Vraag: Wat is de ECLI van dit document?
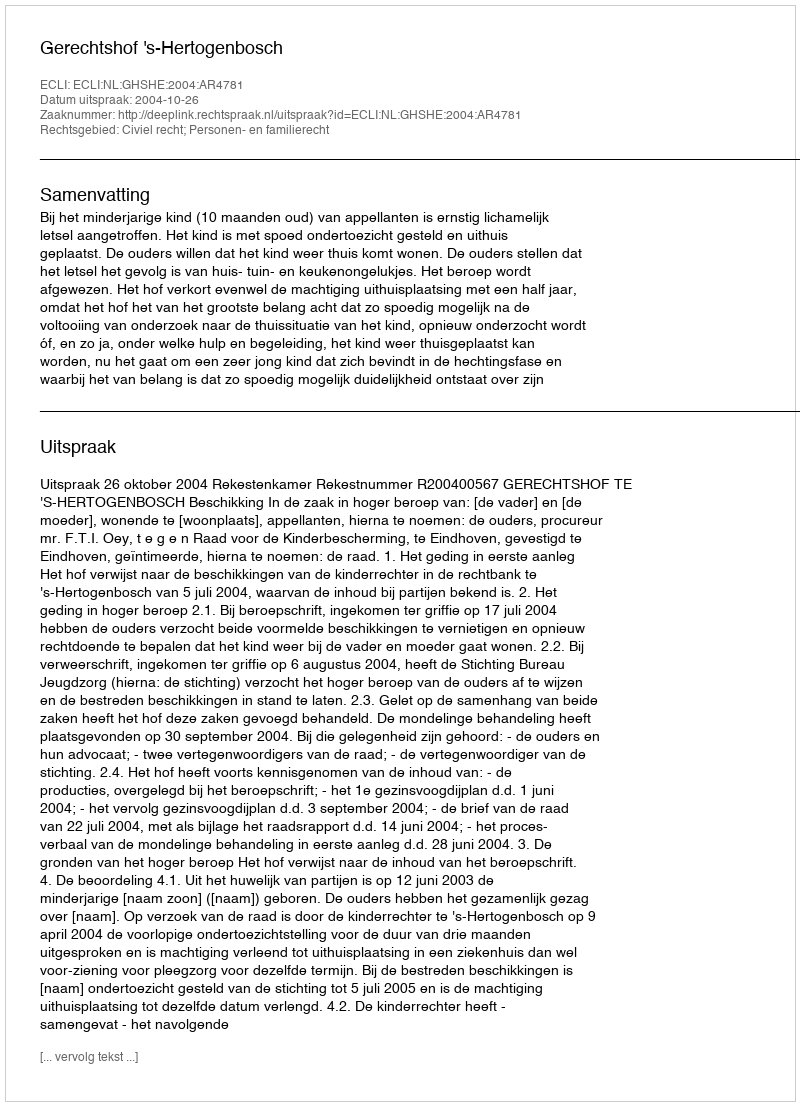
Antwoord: ECLI:NL:GHSHE:2004:AR4781